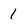
Character: 1